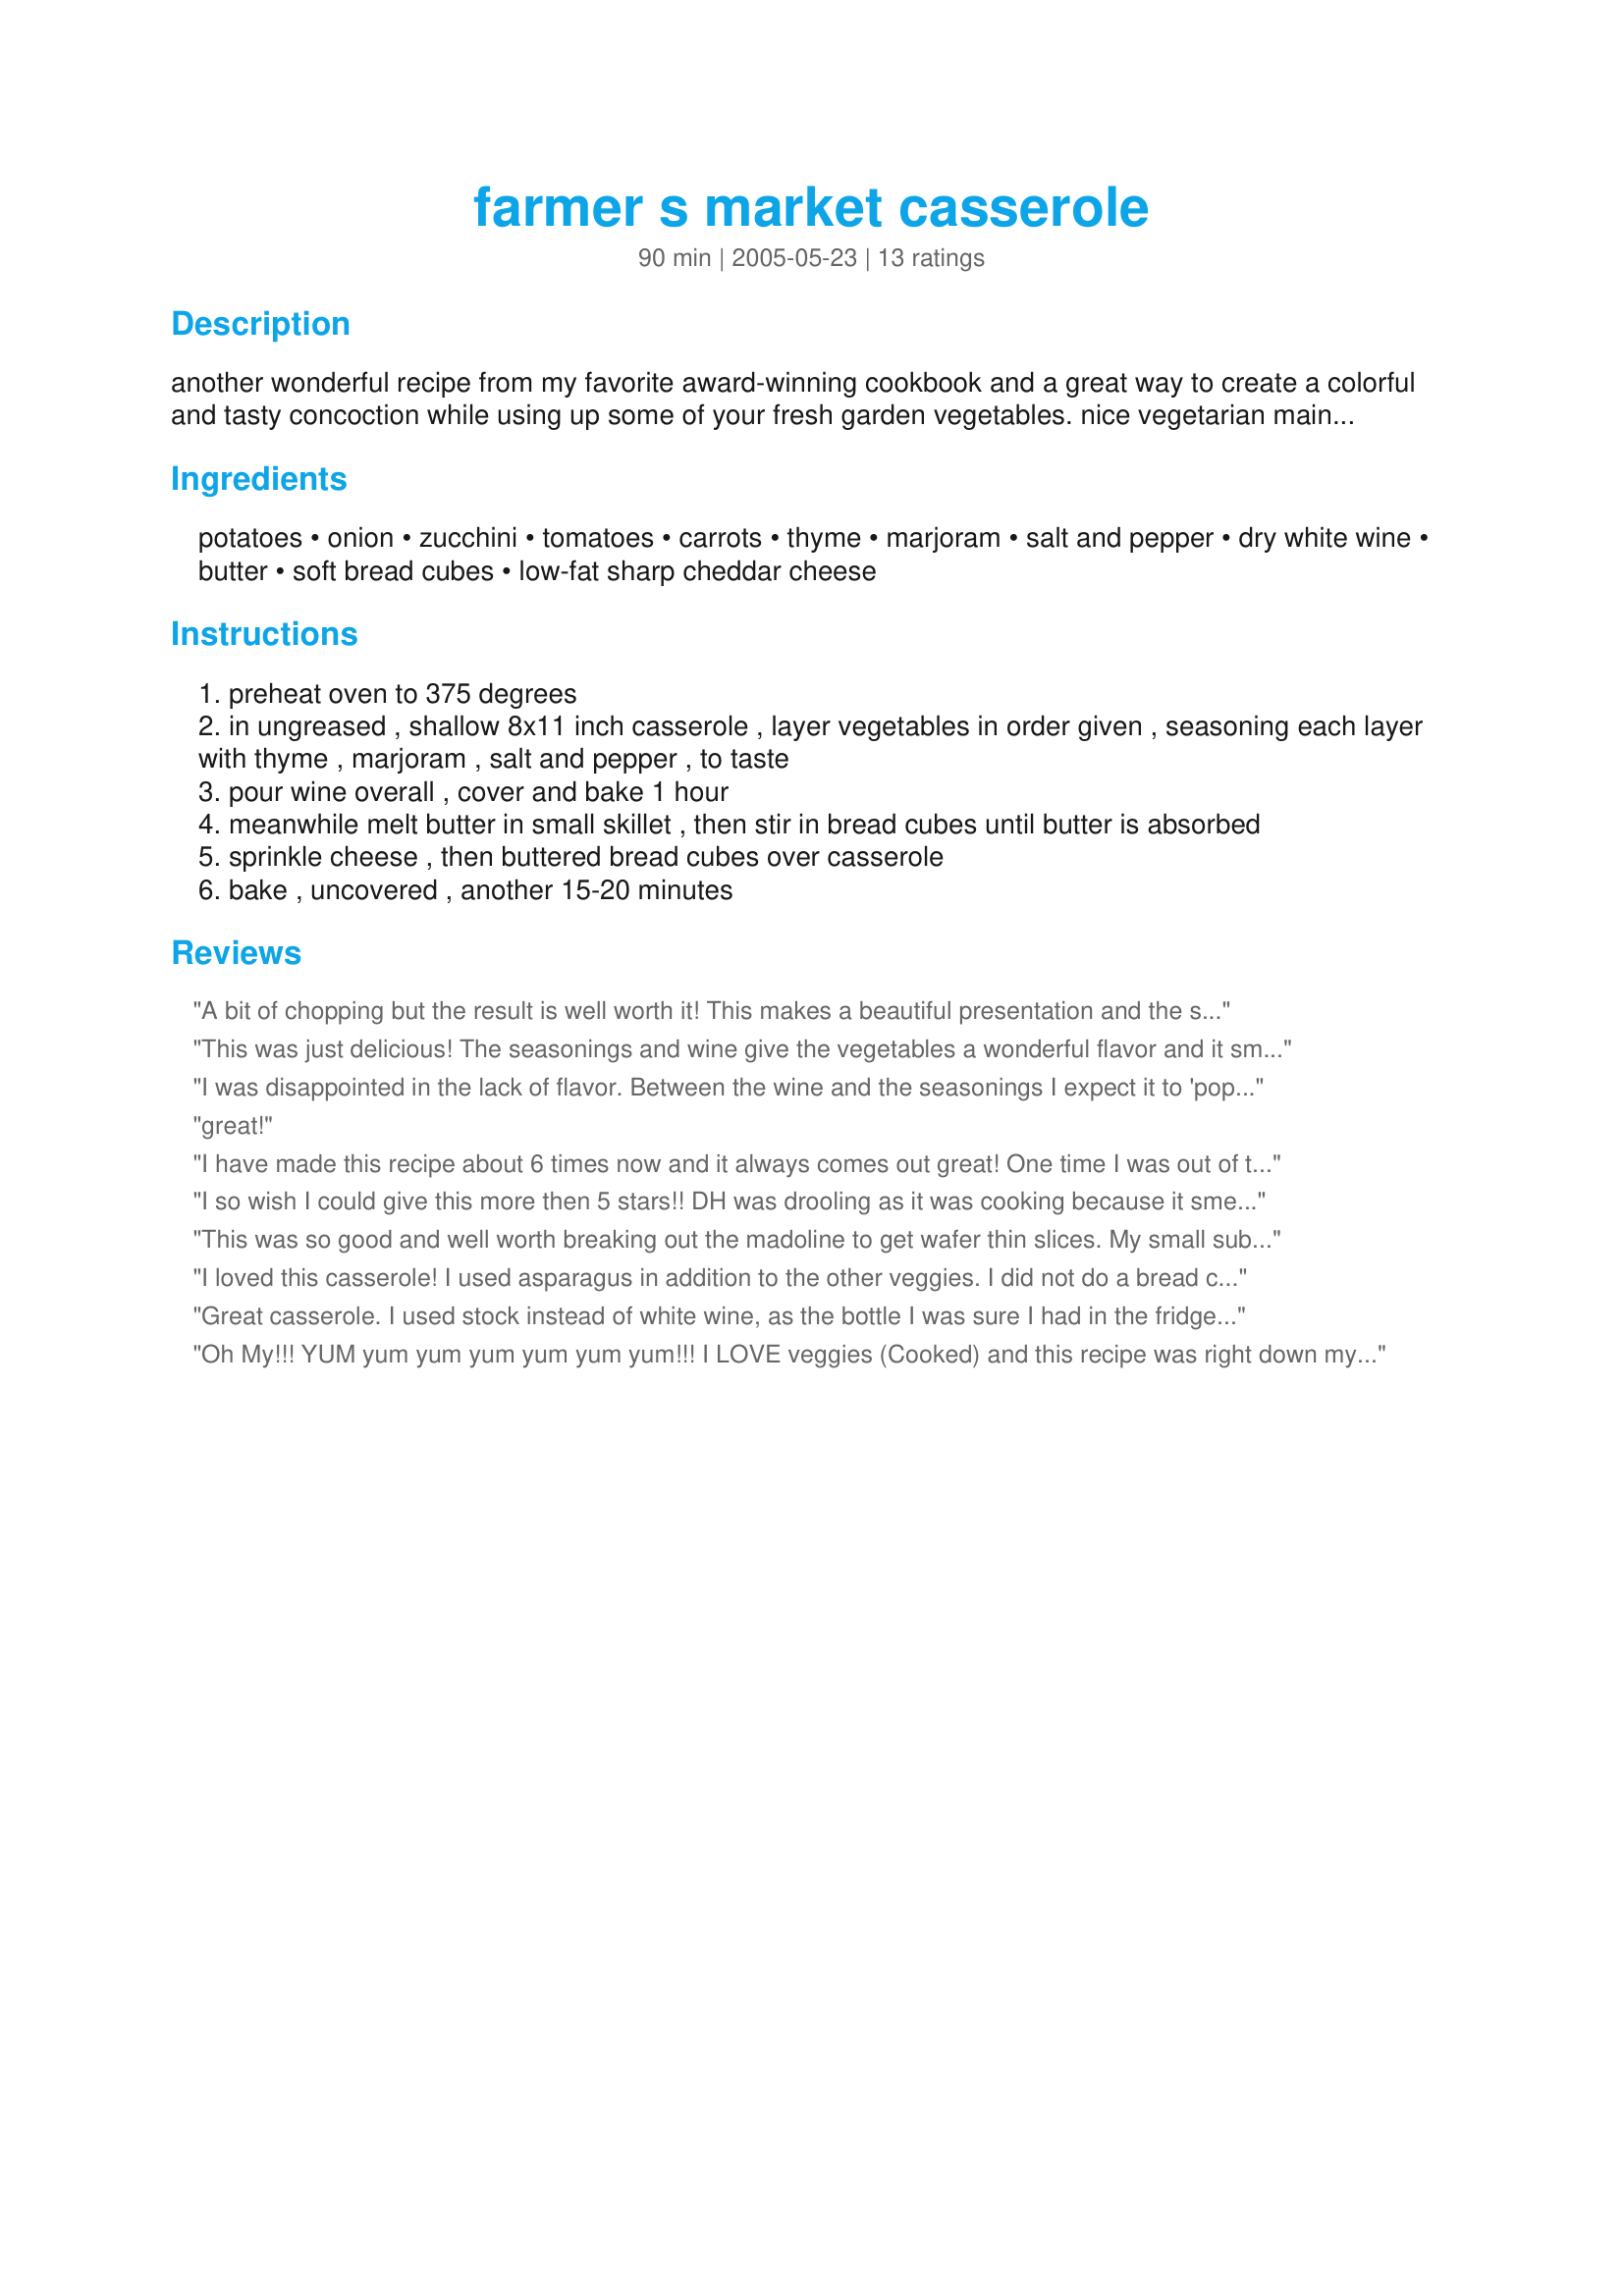
farmer s market casserole
Preparation time: 90 minutes

another wonderful recipe from my favorite award-winning cookbook and a great way to create a colorful and tasty concoction while using up some of your fresh garden vegetables. nice vegetarian main meal for two or side dish for four. be sure to use a shallow casserole so vegetables are tender in allotted time. note that this may be prepared a couple of hours ahead, up to last cooking interval, if left at room temperature. (this recipe comes from a cookbook of the up area of michigan, which could be construed as canada, so i'm submitting this for zaar world tour canadian recipes.)

Ingredients:
potatoes, onion, zucchini, tomatoes, carrots, thyme, marjoram, salt and pepper, dry white wine, butter, soft bread cubes, low-fat sharp cheddar cheese

Steps:
preheat oven to 375 degrees
in ungreased , shallow 8x11 inch casserole , layer vegetables in order given , seasoning each layer with thyme , marjoram , salt and pepper , to taste
pour wine overall , cover and bake 1 hour
meanwhile melt butter in small skillet , then stir in bread cubes until butter is absorbed
sprinkle cheese , then buttered bread cubes over casserole
bake , uncovered , another 15-20 minutes

Reviews:
A bit of chopping but the result is well worth it! This makes a beautiful presentation and the scent of it cooking will make your mouth water! I may try it next time subbing broth for the wine, just to be different. Thanks for a beautiful, easy side dish!
This was just delicious! The seasonings and wine give the vegetables a wonderful flavor and it smells great while cooking. I used some whole wheat bread crumbs instead of the bread cubes and it turned out wonderfully. Thanks for a great recipe!
I was disappointed in the lack of flavor. Between the wine and the seasonings I expect it to 'pop' not 'flop'. If I do it again I'll use only 1/2 c. of vegetable broth (there was a lot of liquid in the bottom), and my husband suggested using cilantro instead of the thyme and marjoram. Also, my husband felt that the bread detracted from the overall taste. Sorry I didn't like it - I really wanted to.
great!
I have made this recipe about 6 times now and it always comes out great! One time I was out of thyme and used only Marjoram and it was still good. I have used many different white wines, doubled the bread crumbs, and have used either swiss and/or cheddar cheese and it is always wonderful. Next time I am going to try Feta cheese and see how it comes out! Thanks for sharing!
I so wish I could give this more then 5 stars!! DH was drooling as it was cooking because it smelled so good. I substituted the marjoam and thyme for basil and oregano (what I had on hand).. and I used whole wheat bread crumbs for the bread cubes. I also decreased the cheddar cheese to one cup (personal preference) and added a sprinkling of fresh parmesan cheese. I honestly think it could be done without the cheese and still be yummy!! I served it with a grilled veggie lasagna.. this cassarole totally stole the show... no leftovers! (The lasagna still sits in my fridge.. lol) Next time I will make it with the stated spices. thanks for a great dish!
This was so good and well worth breaking out the madoline to get wafer thin slices. My small substitutions included dry toasting my bread cubes and reducing the cheese to just 1 cup; the first was done to trim a few calories, the reduction in cheese also had the same affect but was done because cheese doesn't like me as much as I like it. My big substituion was to used canned tomatoes in lieu of fresh ones - again this was a matter of personal preference. The results were just wonderful and satisfying. I made it as a side to a simple grilled chicken and the poor old bird was totally outclassed. This truly stands on its own as a great entree. Thanks Kumquat!
I loved this casserole! I used asparagus in addition to the other veggies. I did not do a bread crumb topping to save some calories, and plus I really did not want to mask the wonderful taste the veggies/wine combo with bread! Great recipe!
Great casserole. I used stock instead of white wine, as the bottle I was sure I had in the fridge had miraculously disappeared. LOL! The only other thing I changed was to use sage instead of majoram, as I didn't have any on hand. I served it over rice, but I think it would be just as good on it's own with just some crusty bread. Thanks for sharing.
Oh My!!! YUM yum yum yum yum yum yum!!! I LOVE veggies (Cooked) and this recipe was right down my alley,Thank you so much for this delicious garden casserole. Darlene
Delicious, easy, and aromatic-besides healthy. This is the kind of recipe where you can be creative. I had some leftover homemade Italian croutons so crushed them up to add with the cheese during the last 15 minutes of cooking. You could put in chopped broccoli or cauliflower also. I love oven meals so thank you Kumquat the Cat's friend for sharing. Made for Diabetes Awareness.
This was good but not what i wanted, the veggie combo couldn't be beat in my opinion, but i think i will saute them in the wine first for the flavour i want
What a great dish! This recipe has established itself as the front runner for "most often served meal of the summer" award. The combination of marjoram and thyme is really a winner, and I have a feeling that the recipe will come out equally well with the addition of whatever vegetables are in abundance throughout the summer.
Thanks a million!
